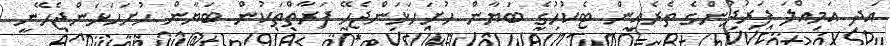
އަދި އަމިއްލަ ފަރުދުންގެ ތެރެއިން ޓެކުހުގެ ބަޔާން ހުށަހަޅަންޖެހޭ ފަރާތްތަކުން ބަޔާން ހުށަހަޅަންޖެހޭނީ